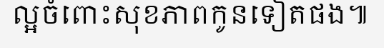
ល្អចំពោះសុខភាពកូនទៀតផង៕